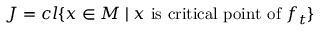
J = c l { \{ x \in M \mid x { \mathrm { ~ i s ~ c r i t i c a l ~ p o i n t ~ o f ~ } } f _ { t } \} }